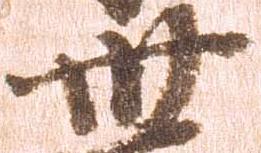
卅